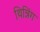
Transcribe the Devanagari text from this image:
थिन्निंग